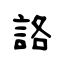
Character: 詻